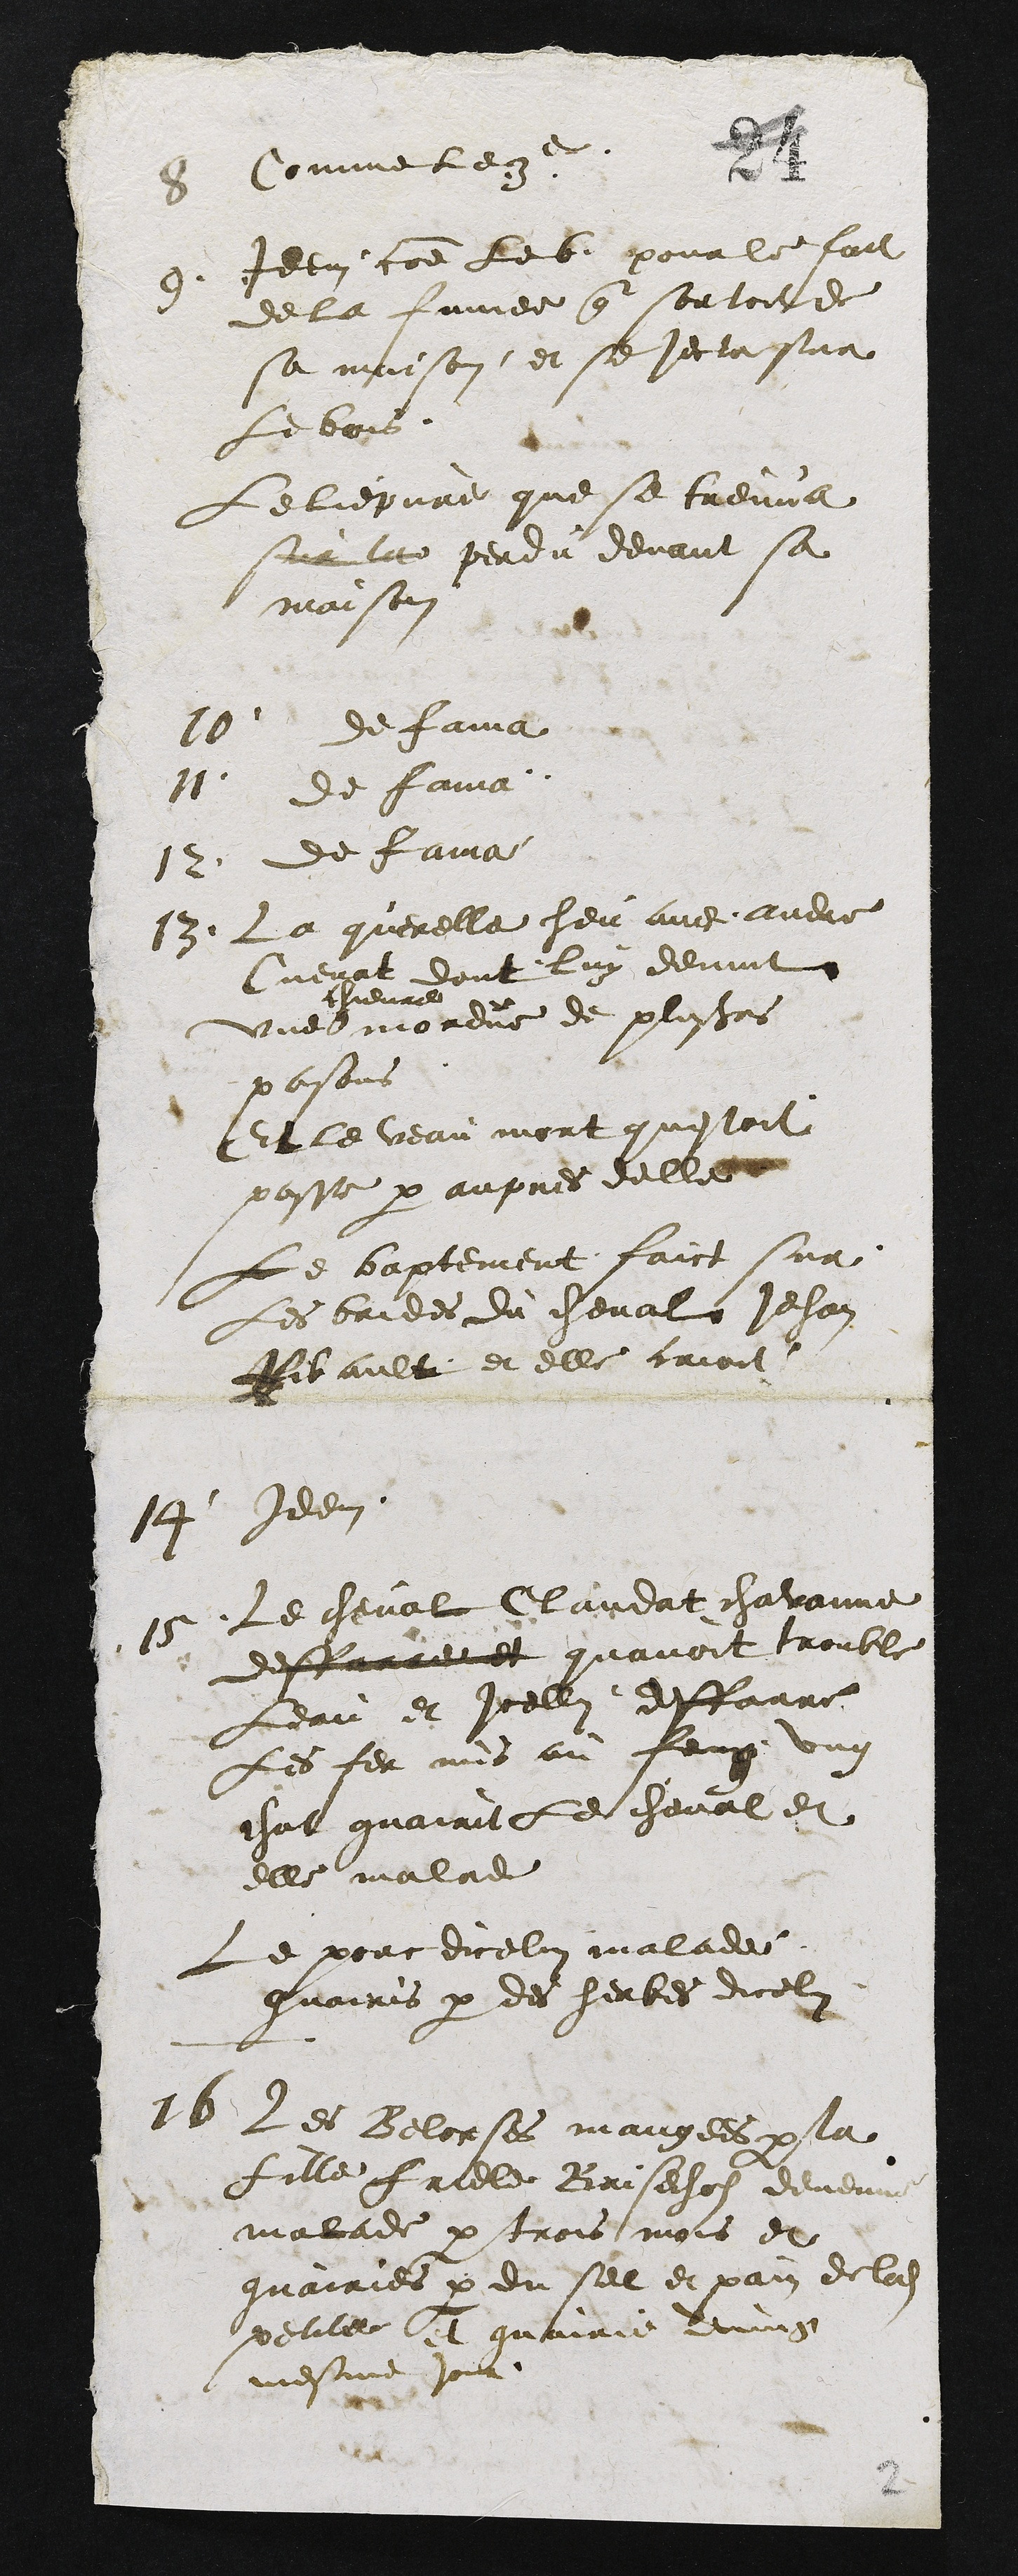
8
Comme le q
9
Idem comme les pour le fait
de la famee que sortoit de
sa maison et se jecta sur
Le bois
Le lieure que se treuva
sur perdu devant sa
maison
10
de faia
11
de fama
12
de faia
13
La querelle heu avec andre
Cuenat dont luy devint
devre
que mordue de plusieurs
passons
et le veau mort questoit
passe par aupres delle
Le baptement faict sur
Les baides du cheval Jehan
Bis aulte et elle croit
14
Idem
15
Le cheval Clandat chavanne
deare et quavoit tremble
Leau et icellui deffarre
Les fer mis au feug ung
chat guairite cheval et
elle malade
Le pore dicelui malade
guairis par des herbes dicel
16
Les Belorses mangees par la
fille frele Brisechat devenue
malade par trois mois et
guairies par du sel et pain de lui
petille Et mairie ung
mesme jous